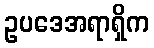
ဥပဒေအရာရှိက